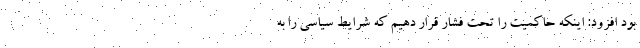
بود افزود: اینکه حاکمیت را تحت فشار قرار دهیم که شرایط سیاسی را به